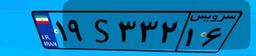
۱۹S۳۳۲۱۶